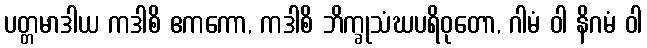
ပတ္တမာဒါယ ကဒါစိ ဧကကော, ကဒါစိ ဘိက္ခုသံဃပရိဝုတော, ဂါမံ ဝါ နိဂမံ ဝါ